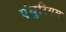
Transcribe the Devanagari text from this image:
एंथुरियम